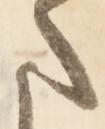
ま